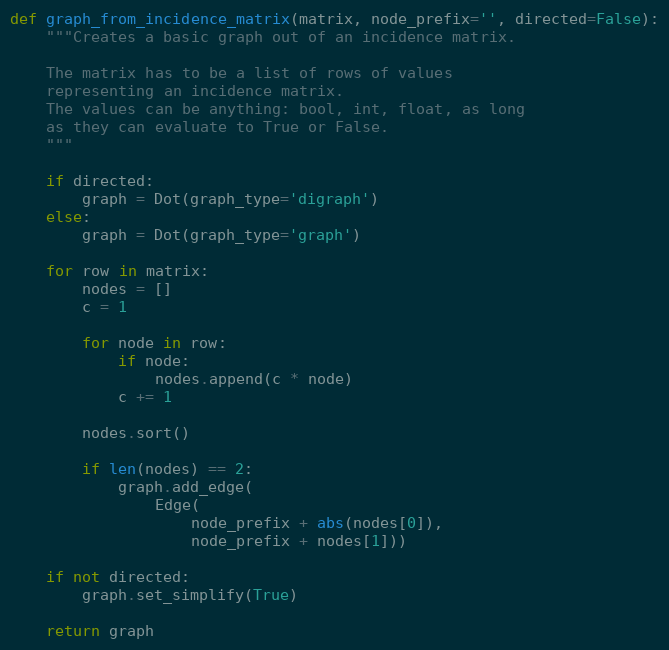
Language: Python
def graph_from_incidence_matrix(matrix, node_prefix='', directed=False):
    """Creates a basic graph out of an incidence matrix.

    The matrix has to be a list of rows of values
    representing an incidence matrix.
    The values can be anything: bool, int, float, as long
    as they can evaluate to True or False.
    """

    if directed:
        graph = Dot(graph_type='digraph')
    else:
        graph = Dot(graph_type='graph')

    for row in matrix:
        nodes = []
        c = 1

        for node in row:
            if node:
                nodes.append(c * node)
            c += 1

        nodes.sort()

        if len(nodes) == 2:
            graph.add_edge(
                Edge(
                    node_prefix + abs(nodes[0]),
                    node_prefix + nodes[1]))

    if not directed:
        graph.set_simplify(True)

    return graph